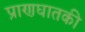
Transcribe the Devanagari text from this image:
प्राणघातकी